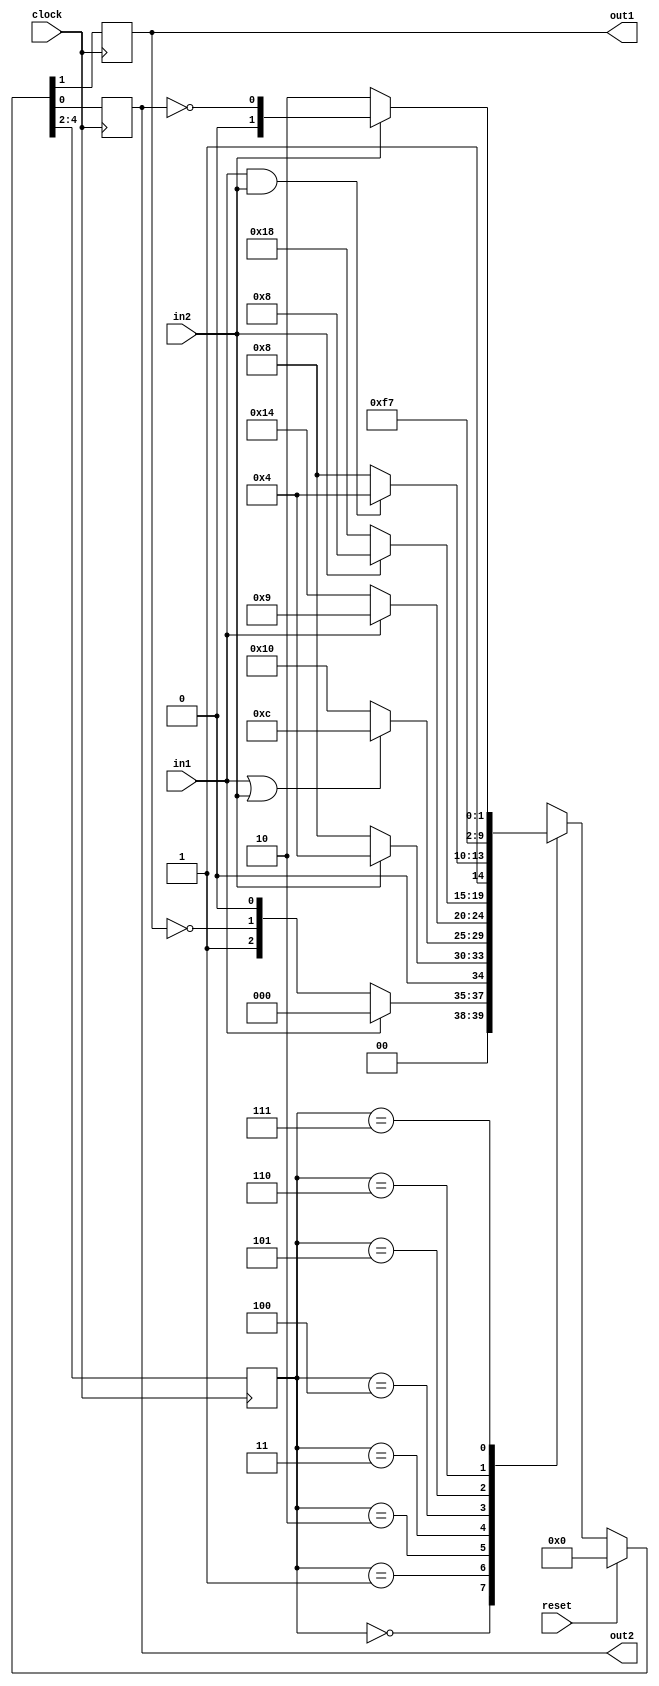
`timescale 1ns / 1ps
//////////////////////////////////////////////////////////////////////////////////
// Company: 
// Engineer: 
// 
// Design Name: 
// Module Name:    states 
// Project Name: 
// Target Devices: 
// Tool versions: 
// Description: 
//
// Dependencies: 
//
// Revision: 
// Revision 0.01 - File Created
// Additional Comments: 
//
//////////////////////////////////////////////////////////////////////////////////
module states(
    input clock,
    input reset,
    input in1,
    input in2,
    output reg out1,
    output reg out2
    );

reg [2:0] state = 0;

initial begin out1 = 0; out2 = 0; end

always @ (posedge clock)
	begin
		if(reset)
			{state, out1, out2} = 0;
		else
			begin
				case (state)
					0: if(in1)  		{state, out1, out2} <= {3'd0,  1'b0,  1'b0};		// heavy vector representations
						else				{state, out1, out2} <= {3'd1, ~out1,  1'b0};
					1: if(in2)  		{state, out1, out2} <= {3'd1,  1'b0,  1'b0};
						else				{state, out1, out2} <= {3'd2,  1'b0,  1'b0};
					2: if(in1 | in2)  {state, out1, out2} <= {3'd3,  1'b0,  1'b0};
						else				{state, out1, out2} <= {3'd4,  1'b0,  1'b0};
					3: if(in1)  		{state, out1, out2} <= {3'd2,  1'b0,  1'b1};
						else				{state, out1, out2} <= {3'd5,  1'b0,  1'b0};
					4: if(in2)  		{state, out1, out2} <= {3'd2,  1'b0,  1'b0};
						else				{state, out1, out2} <= {3'd6,  1'b0,  1'b0};
					5: if(in1 & in2)  {state, out1, out2} <= {3'd5,  1'b0,  1'b0};
						else				{state, out1, out2} <= {3'd6,  1'b0,  1'b0};
					6: 					{state, out1, out2} <= {3'd7,  1'b1,  1'b0};
					7: if(in2)  		{state, out1, out2} <= {3'd7,  1'b0, ~out2};
						else				{state, out1, out2} <= {3'd7,  1'b1,  1'b0};
				endcase
			end
	end
	

endmodule